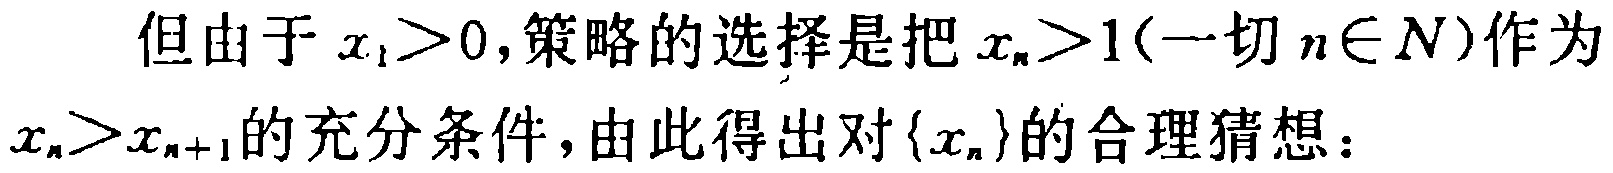
但由于 \(x_{1}>0\)，策略的选择是把 \(x_{n}>1(\text{一切 }n\in N)\)作为 \(x_{n}>x_{n + 1}\)的充分条件，由此得出对 \(\{x_{n}\}\)的合理猜想：